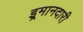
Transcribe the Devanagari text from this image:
इ्रमानदारी